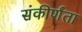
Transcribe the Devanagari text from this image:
संकीर्णंता